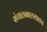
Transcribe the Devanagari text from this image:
संचालनालयातच